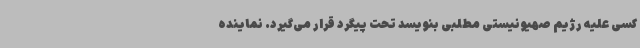
کسی علیه رژیم صهیونیستی مطلبی بنویسد تحت پیگرد قرار می‌گیرد. نماینده